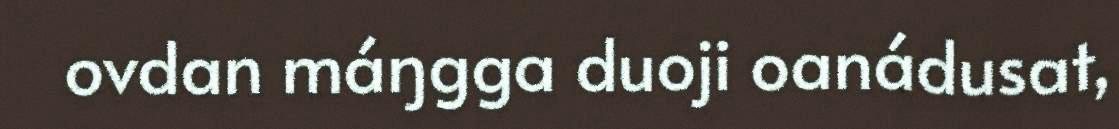
ovdan máŋgga duoji oanádusat,